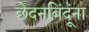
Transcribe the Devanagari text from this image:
छेदनबिंदूंना